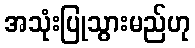
အသုံးပြုသွားမည်ဟု